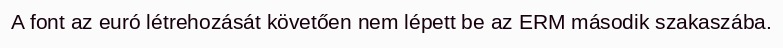
A font az euró létrehozását követően nem lépett be az ERM második szakaszába.